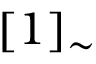
[ 1 ] _ { \sim }